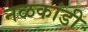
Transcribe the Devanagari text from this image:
नळकांडी